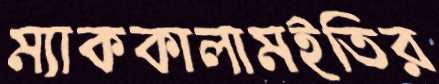
ম্যাককালামইতির